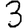
Digit: 3